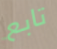
تابع